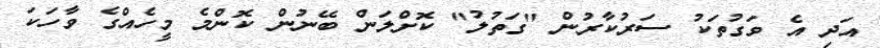
އަދި އެ ވަގުތަކު ސަރުކާރުން "ގަތުލު" ކޮށްލަން ބޭނުން ކޮންމެ މީހެއްގެ ވާހަކަ